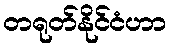
တရုတ်နိုင်ငံဟာ